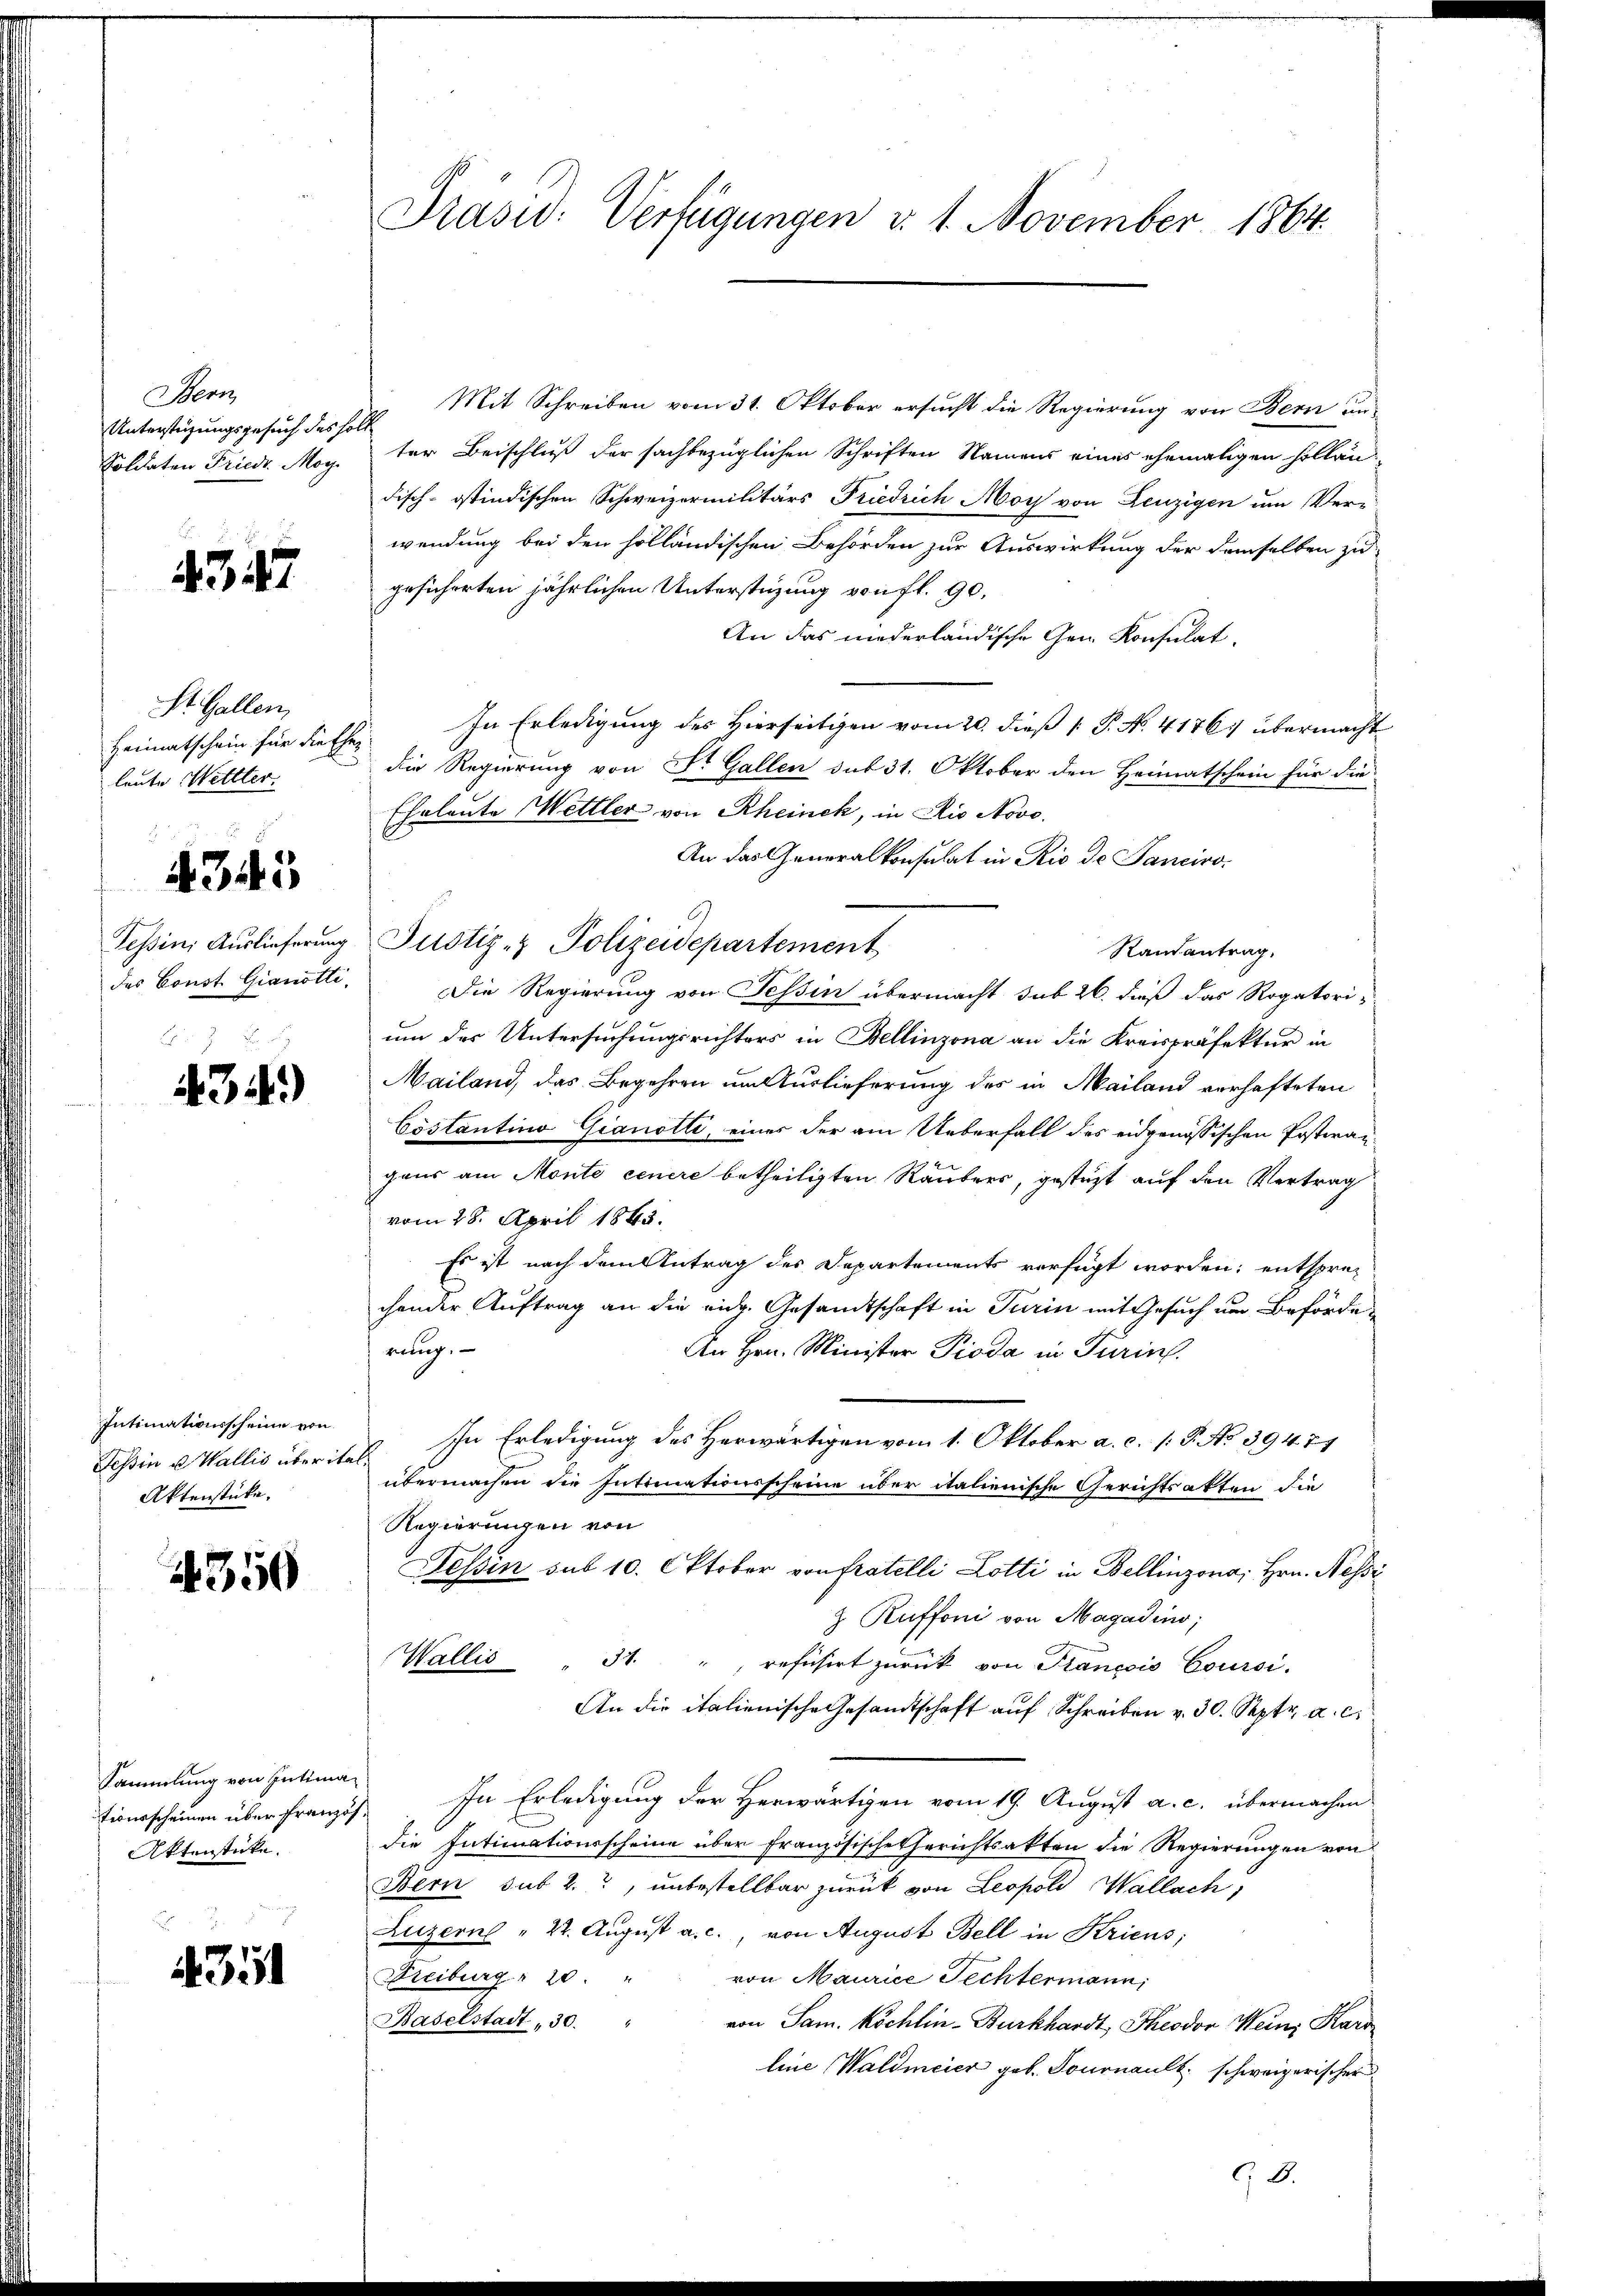
Bern,
Unterstüzungsgesuch des soll
Soldaten Friedr. Mag.

437

St. Gallen,
Heimatschein für die Eheleute Wettler.
4345
Tessin Auslieferung

434)

Intimationsscheine von
Aktenstücke.

4350

Sammlung von Intimationsscheinen über Französ¬
Aktenstücke.

4351

Präsid. Verfügungen d. 1. November 1864.

Mit Schreiben vom 31. Oktober ersucht die Regierung von Bern unter Beischluß der sachbezüglichen Schriften Namens eines ehemaligen Holländisch-ostindischen Schweizermilitärs Friedrich Moy von Leuzigen um Ver-
wendung bei den holländischen Behörden zur Auswirkung der demselben zu
gesicherten jährlichen Unterstützung von fl. 90,
An das niederländische Gen. Konsulat
In Erledigung des Hierseitigen vom 20. dieß [ P. No. 4176) übermacht
die Regierung von St. Gallen sub 31. Oktober den Heimatschein für die
Eheleute Mettler von Rheinek, in Rio Novo.
An das Generalkonsulat in Rio de Sanciro-
Justiz- & Polizeidepartement
Randantrag,
des Const Gianötti. Die Regierung von Tessin übermacht sub 26. dieß das Rogatori-
um der Untersuchungsrichters in Bellinzona an die Kreispräfektur in
Mailand, das Begehren um Auslieferung des in Mailand verhafteten
Costantino Gianotti, eines der am Ueberfall des eidgenössischen Postwan-
gans am Monte cenere betheiligten Räubers, gesteht auf den Vertrag
vom 28. April 1845.
Es ist nach dem Antrag des Departements verfügt worden; entsprechender Auftrag an die eidg. Gesandtschaft in Turin mit Gesuch um Behörderung.
An Hrn. Minister Pioda in Turin.
Tessin u. Wallis überitel. In Erledigung des Herwärtigen vom 1. Oktober a. c. (: P. No 39471
übermachen die Intimationsscheine über italienische Gerichtsakten die
Regierungen von
Tessin sub 10. Oktober von fratelli Lotti in Bellinzona, Hrn. Nessi
z. Ruffoni von Magadino;
Wallis " 34. " refüsirt zurück von Plancois Coursi.
An die italienische Gesandtschaft auf Schreiben v. 30. Septr. a. c.
In Erledigung der Herwärtigen vom 19. August a. c. übermachen
die Intimationsscheine über Französische Gerichtsakten die Regierungen von
Bern sub 2., unbestellbar zurück von Leopold Wallach,
Luzerne " 22. August a. c., von August Bell in Kriens;
von Maurice Fechtermann,
Freiburg  20
Baselstadt 30. " von Sam. Köchlin-Burkhardt Theodor Wein Kard
line Waldmeier geb. Tournault schweizerischer
D.